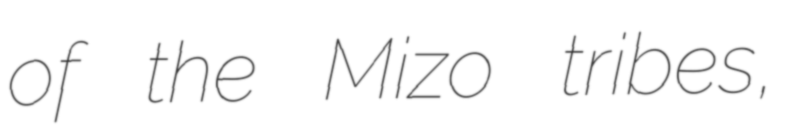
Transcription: of the Mizo tribes,